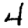
Digit: 4